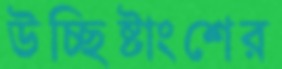
উচ্ছিষ্টাংশের